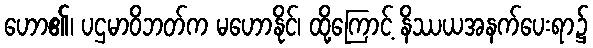
ဟော၏၊ ပဌမာဝိဘတ်က မဟောနိုင်၊ ထို့ကြောင့် နိဿယအနက်ပေးရာ၌